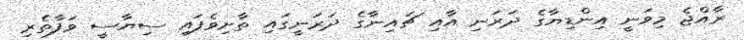
ރާއްޖެ މިވަނީ އިންޑިޔާގެ ދަރަނި އާއި ޗައިނާގެ ދަރަނީގައި ތާށިވެފައި ސިޔާސީ ވަފާތެރި